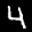
Label: 4